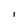
Character: I